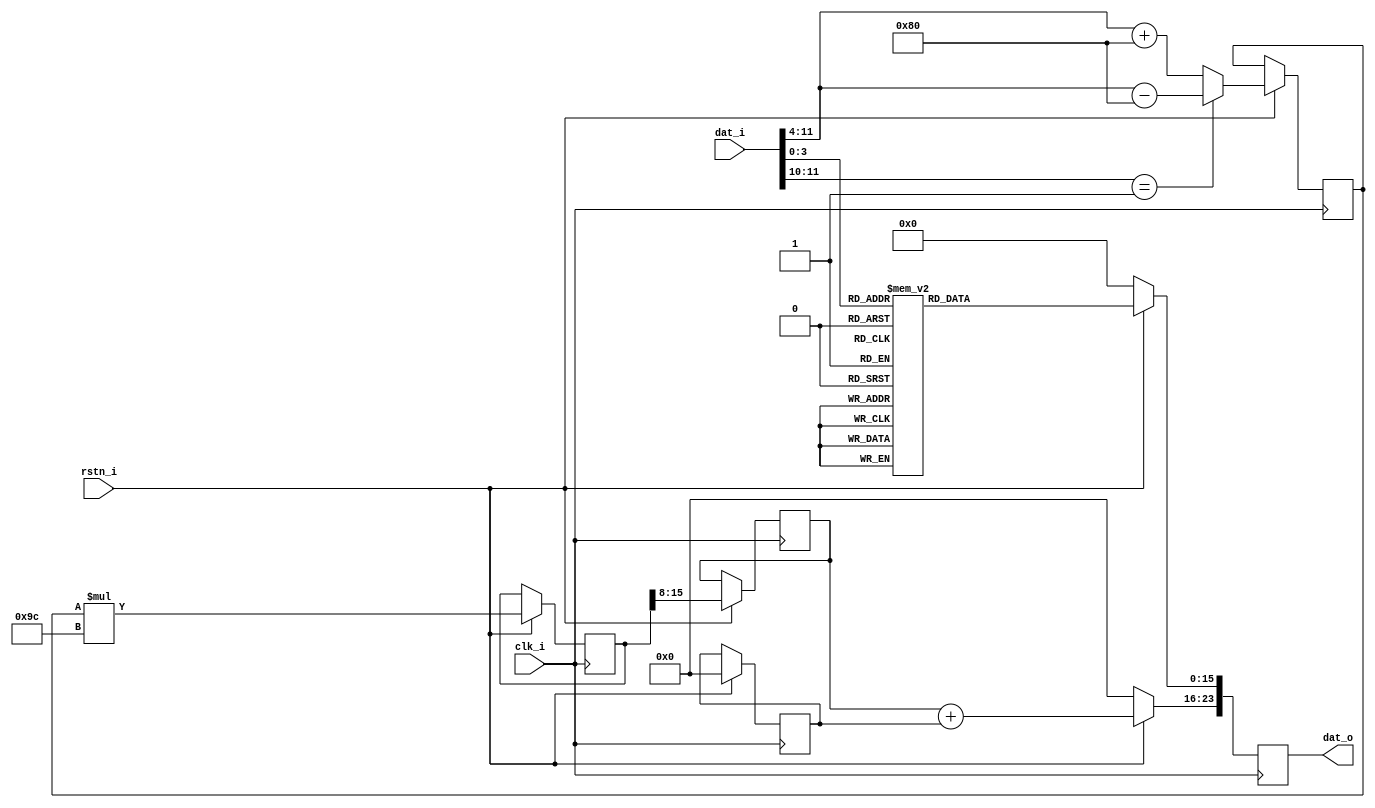
/**
 * @brief Module converts 12 bit user input into 24 bit PWM format
 *
 * @Author Lewis Woolfson
 *
 * This part of code is written in Verilog hardware description language (HDL).
 * Please visit http://en.wikipedia.org/wiki/Verilog
 * for more details on the language used herein.
 */

module slow_dac_converter
(  
    input clk_i     ,
    input rstn_i    ,
    //data 
    input [12-1:0] dat_i    ,
    output reg [24-1:0] dat_o
);

// 156 corresponds to 100% duty cycle (from first 8 bits)
localparam PWM_MAX = 156; 

reg [8-1:0] a;
reg [16-1:0] b;
reg [8-1:0] c;
reg [8-1:0] d;

 always @(posedge clk_i) begin
    if(rstn_i == 1'b0) begin
        dat_o <= 24'd0;
    end else begin
         // dat_o[24-1: 16] <= dat_i[12-1:4]; // 8 MSB are as they are 
        
        // if the first bit is 1 then it's negative, otherwise it is a positive number
        /*
             Mapping ADC Cnts (pid_out) --> Duty Cycle
            -2048 cnts --> 0%
            0 cnts --> 50%
            +2047 cnts --> 100%
            
            Transformation for x adc counts is ((x +- 128)/255)*156
            We approximate the division as x/255 ~= x/256 + x/65536 
            We carry out the division (by factors of 2) using bit shifts as it executes fast in hardware  
        */
       
        if(dat_i[12-1:12-2] == 1'b1) begin // negative number
            a <= dat_i[12-1:4] - 8'd128;
        end else begin // positive number
            a <= dat_i[12-1:4] + 8'd128;         
        end
        
          b <= a * 8'd156;
          c <= b >> 8;
          d <= b >> 16; // always 0?
          dat_o[24-1:16] <= c + d;
          
        case (dat_i[4-1:0])
            // PWM clock - fine resolution
            4'd0 : dat_o[15:0] <= 16'b0000000000000000; // low duty cycle
            4'd1 : dat_o[15:0] <= 16'b0000000000000001;
            4'd2 : dat_o[15:0] <= 16'b0000000100000001;
            4'd3 : dat_o[15:0] <= 16'b0000100000100001;
            4'd4 : dat_o[15:0] <= 16'b0001000100010001;
            4'd5 : dat_o[15:0] <= 16'b0010010010010001;
            4'd6 : dat_o[15:0] <= 16'b0010100100101001;
            4'd7 : dat_o[15:0] <= 16'b0101010010101001;
            4'd8 : dat_o[15:0] <= 16'b0101010101010101;
            4'd9 : dat_o[15:0] <= 16'b1010101101010110;
            4'd10: dat_o[15:0] <= 16'b1101011011010110;
            4'd11: dat_o[15:0] <= 16'b1101101101101110;
            4'd12: dat_o[15:0] <= 16'b1110111011101110;
            4'd13: dat_o[15:0] <= 16'b1111011111011110;
            4'd14: dat_o[15:0] <= 16'b1111111011111110;
            4'd15: dat_o[15:0] <= 16'b1111111111111110; //higher duty cycle
        endcase 
    end
 end   
    
endmodule